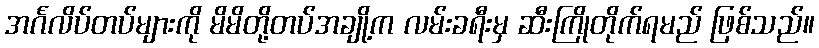
အင်္ဂလိပ်တပ်များကို မိမိတို့တပ်အချို့က လမ်းခရီးမှ ဆီးကြိုတိုက်ရမည် ဖြစ်သည်။